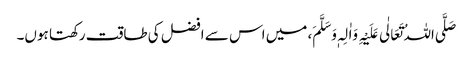
صَلَّی اللہُ تَعَالٰی عَلَیْہِ وَاٰلِہٖ وَسَلَّمَ، میں اس سے افضل کی طاقت رکھتا ہوں۔